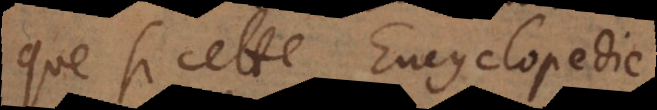
que si cette Encyclopedie